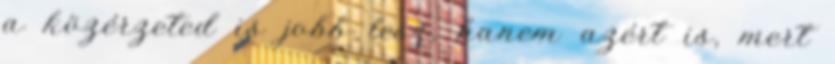
a közérzeted is jobb lesz, hanem azért is, mert